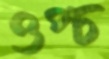
ওপ্‌চ